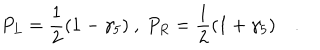
LaTeX: P _ { L } = \frac { 1 } { 2 } ( 1 - \gamma _ { 5 } ) \ , \ P _ { R } = \frac { 1 } { 2 } ( 1 + \gamma _ { 5 } ) \quad .